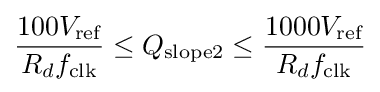
{\frac {100V_{\text{ref}}}{R_{d}f_{\text{clk}}}}\leq Q_{\text{slope2}}\leq {\frac {1000V_{\text{ref}}}{R_{d}f_{\text{clk}}}}